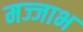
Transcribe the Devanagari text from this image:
मज्जाभ